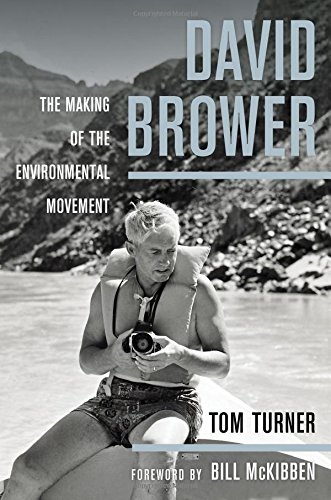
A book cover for David Brower: The Making of the Environmental Movement; Tom Turner; Biographies & Memoirs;